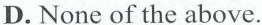
D. None of the above.